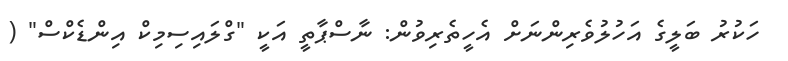
ހަކުރު ބަލީގެ އަހުލުވެރިންނަށް އެހީތެރިވުން: ނާސްޕާތީ އަކީ "ގްލައިސިމިކް އިންޑެކްސް" (